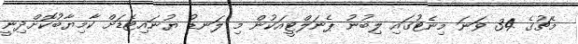
މެޗުގެ 34 ވަނަ މިނެޓުގައި ލިބުނު ޕެނަލްޓީއަކުން މި ލަނޑު ޔުނައިޓެޑަށް ކާމިޔާބުކޮށްދިނީ